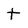
Character: t